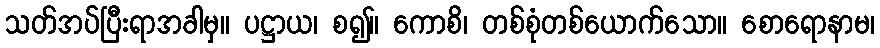
သတ်အပ်ပြီးရာအခါမှ။ ပဋ္ဌာယ၊ စ၍။ ကောစိ၊ တစ်စုံတစ်ယောက်သော။ စောရောနာမ၊